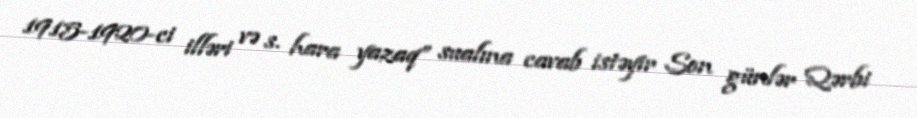
1915-1920-ci illəri və s. hara yazaq” sualına cavab istəyir Son günlər Qərbi